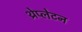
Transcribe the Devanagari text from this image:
थ्रेप्लेटन